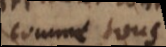
comme tous